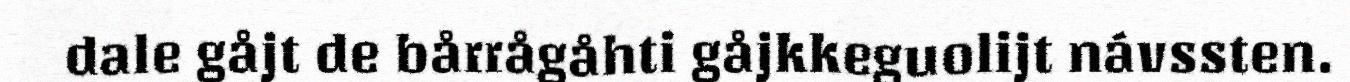
dale gåjt de bårrågåhti gåjkkeguolijt návssten.